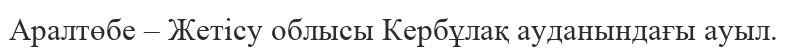
Аралтөбе – Жетісу облысы Кербұлақ ауданындағы ауыл.